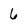
Character: 6